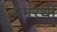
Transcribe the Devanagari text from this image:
भैमरथी